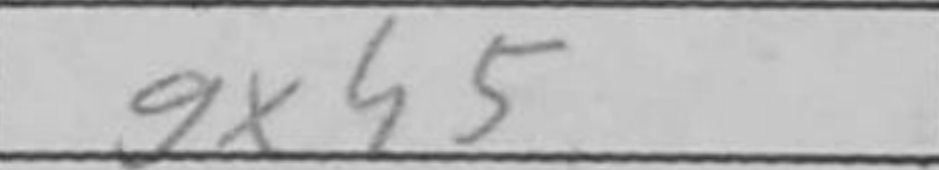
Transcription: gxh5